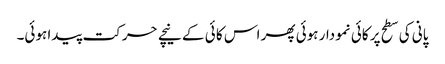
پانی کی سطح پر کائی نمودار ہوئی پھر اس کا ئی کے نیچے حرکت پیدا ہوئی۔